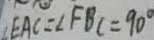
\angle E A C = \angle F B C = 9 0 ^ { \circ }